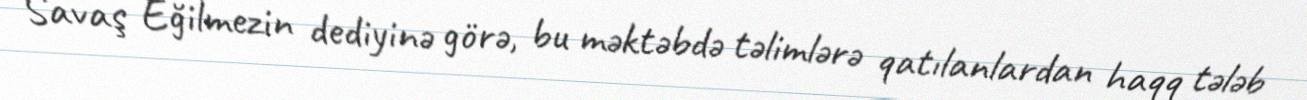
Savaş Eğilmezin dediyinə görə, bu məktəbdə təlimlərə qatılanlardan haqq tələb